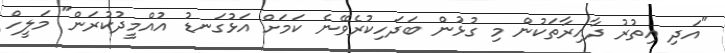
"އަދި އިތުރު ދާއިރާތަކުން މި ގުޅުން ބަދަހިކުރެވޭނެ ކަމަށް އަޅުގަނޑު އުއްމީދުކުރަން" މަލީހް